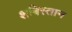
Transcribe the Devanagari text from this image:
शबिस्तान